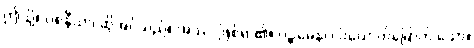
ဤသို့။ ဝစနီယာ၊ ဆိုအပ်သည်။ အဿ၊ ဖြစ်ရာ၏။ ပဉ္စမေန၊ ငါးယောက်မြောက် သော။